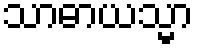
သာဓာယသ္မာ